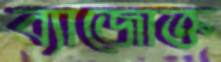
ব্যাজোক্ত